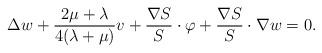
LaTeX: \begin{align*}\Delta w+\frac{2\mu+\lambda}{4(\lambda+\mu)}v+\frac{\nabla S}{S}\cdot\varphi+\frac{\nabla S}{S}\cdot\nabla w=0.\end{align*}